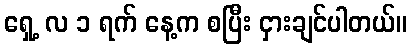
ရှေ့ လ ၁ ရက် နေ့က စပြီး ငှားချင်ပါတယ်။